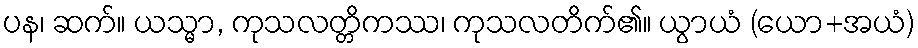
ပန၊ ဆက်။ ယသ္မာ, ကုသလတ္တိကဿ၊ ကုသလတိက်၏။ ယွာယံ (ယော+အယံ)